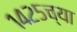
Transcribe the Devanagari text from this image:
१४२५च्या